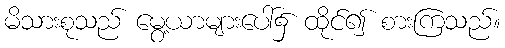
မိသားစုသည် မွေ့ယာများပေါ်၌ ထိုင်၍ စားကြသည်။